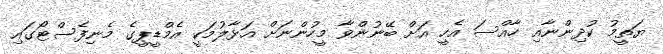
ޔަތީމު ކުދިންނާއި ހާއްސަ އެހީ އަށް ބޭނުންވާ މީހުންނަށް އަޅާލުމަކީ އެމްޑީޕީގެ މެނިފެސްޓޯގައި